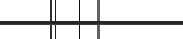
٢٧